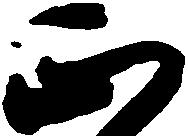
正